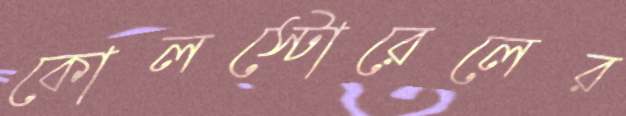
কোলস্টোরেলের